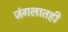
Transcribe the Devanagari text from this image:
जंगलातही